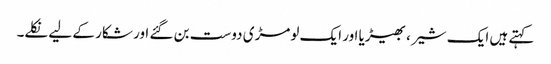
کہتے ہیں ایک شیر ، بھیڑیا اور ایک لومڑی دوست بن گئے اور شکار کے لیے نکلے۔